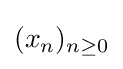
(x_{n})_{n\geq 0}